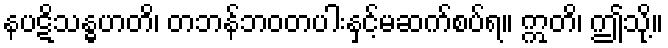
နပဋိသန္ဓဟတိ၊ တဘန်ဘဝတပါးနှင့်မဆက်စပ်ရ။ ဣတိ၊ ဤသို့။